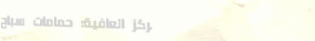
مركز العافية: حمامات سباح